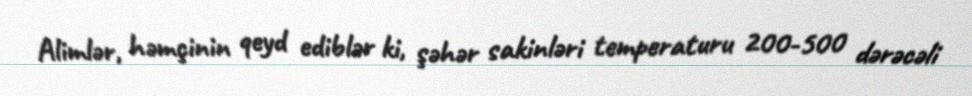
Alimlər, həmçinin qeyd ediblər ki, şəhər sakinləri temperaturu 200-500 dərəcəli